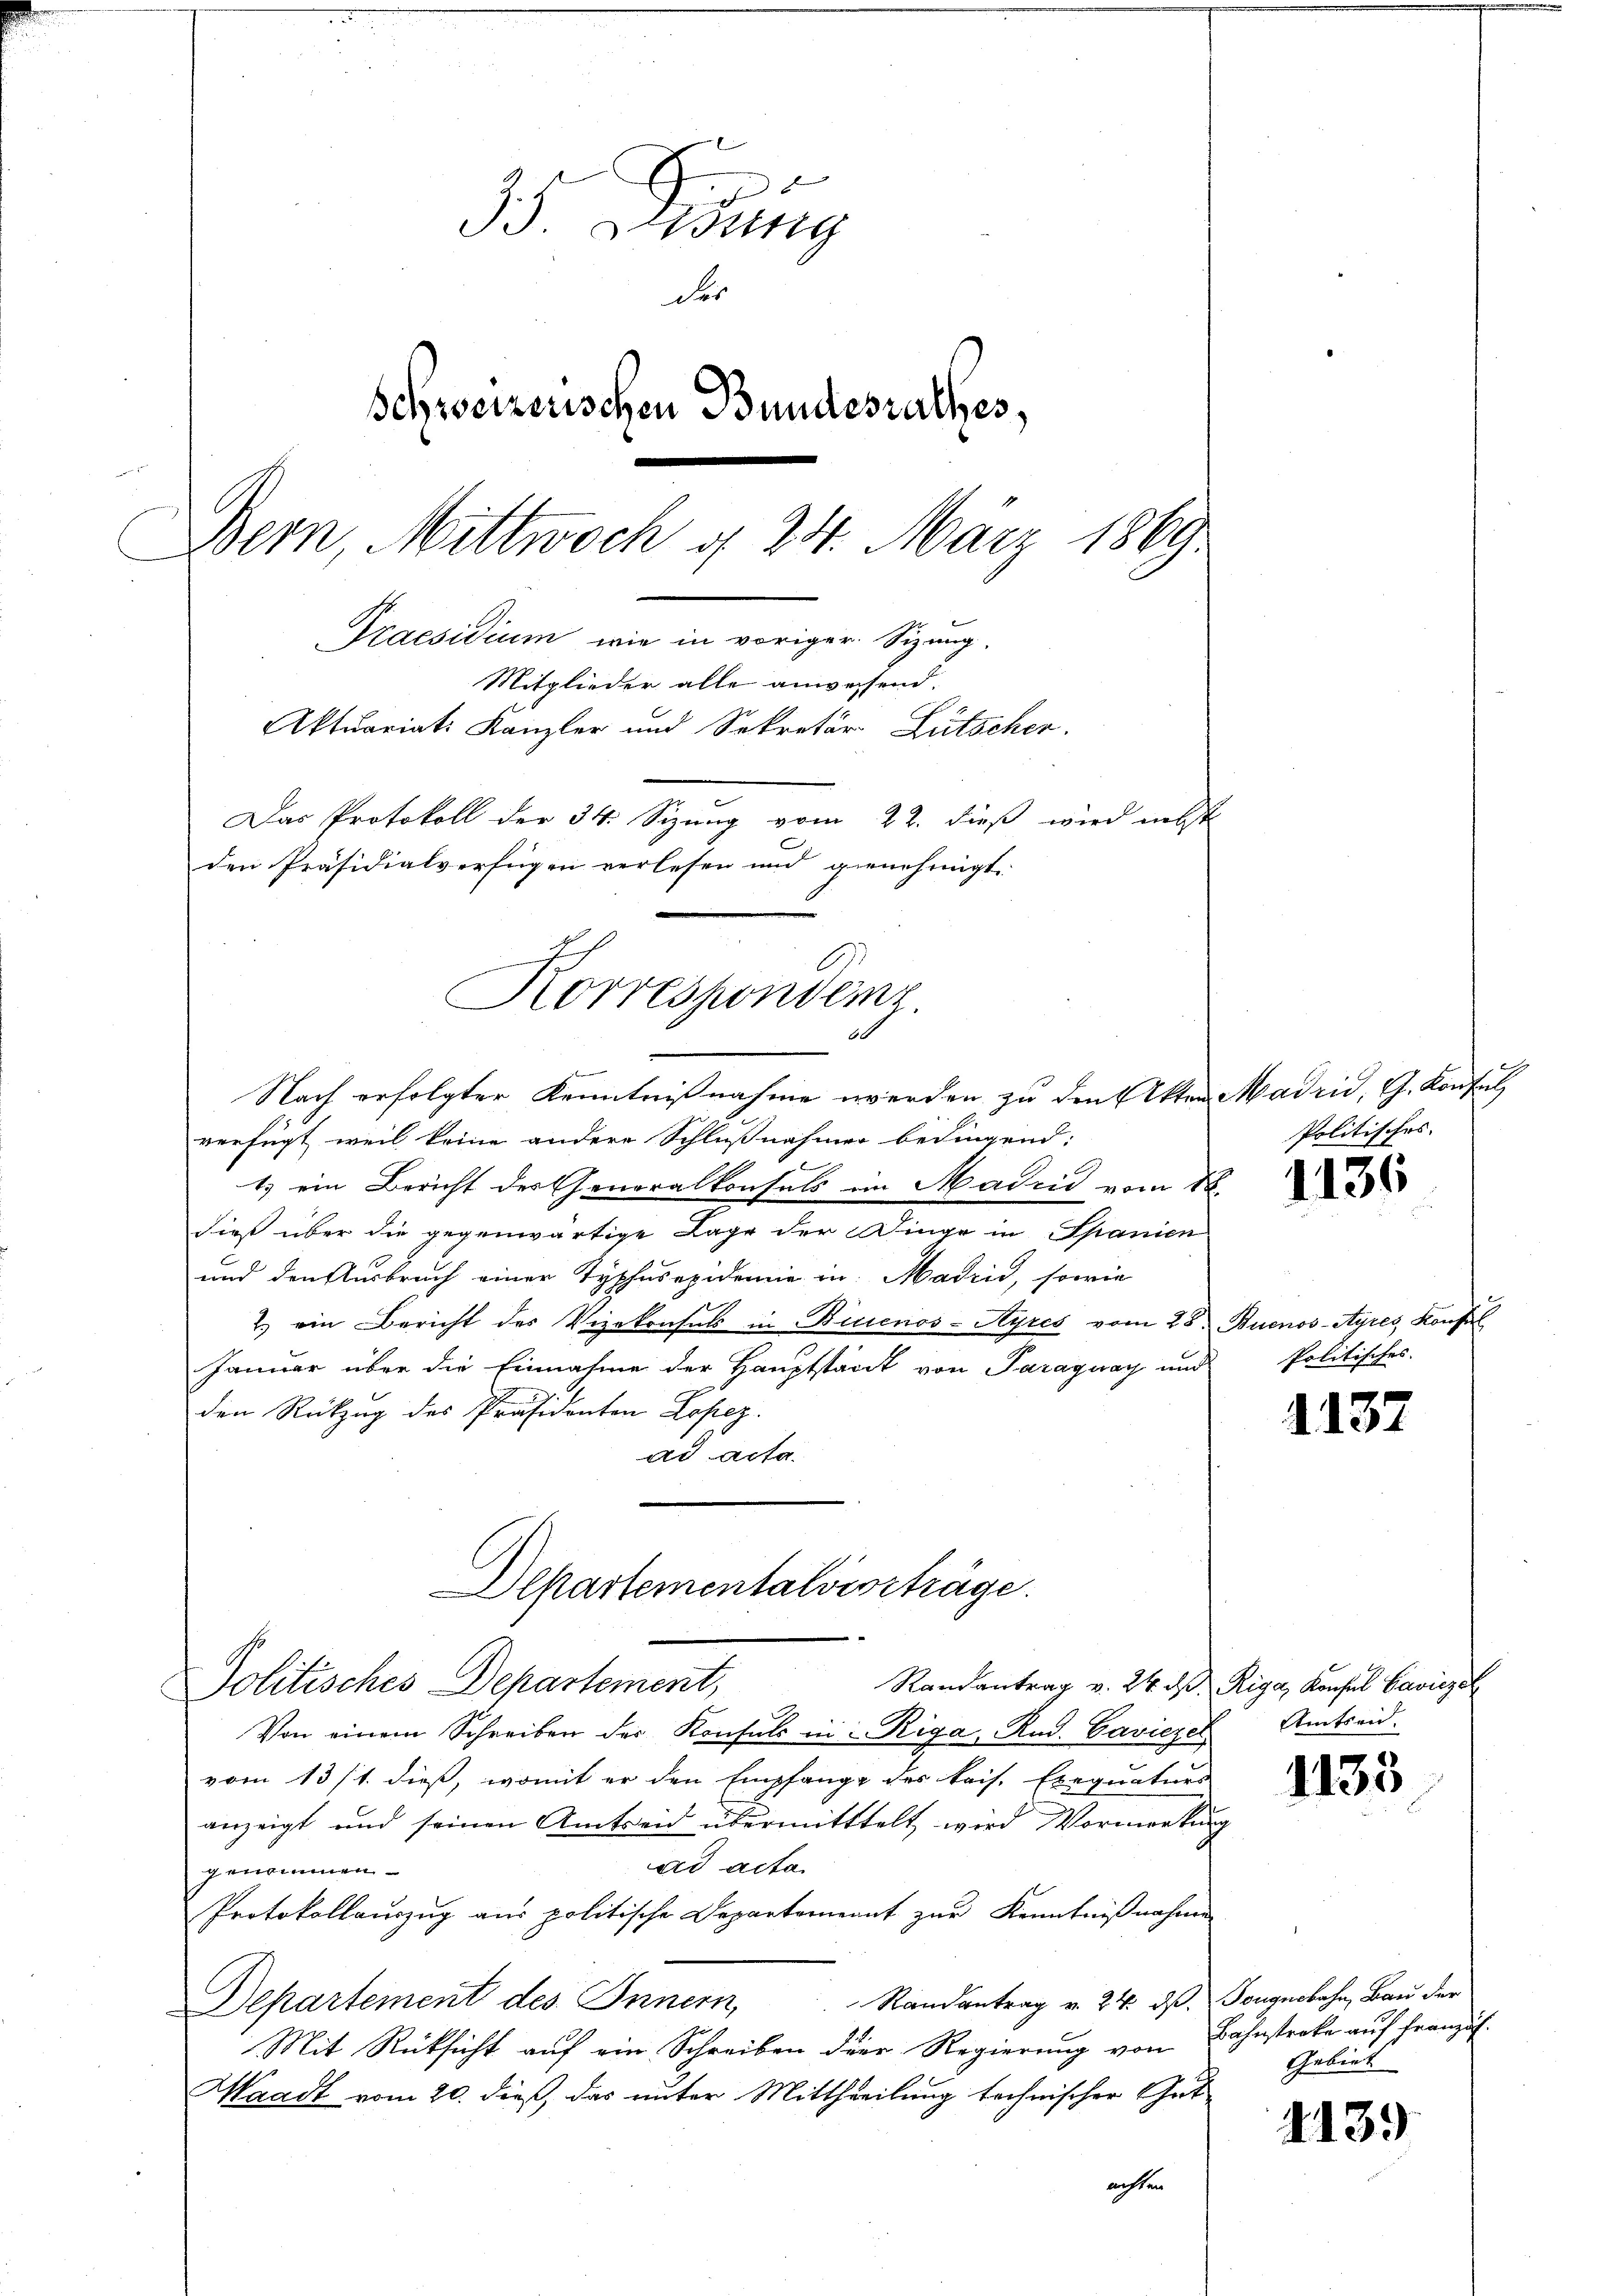
35 inig
der
Schweizerischen Bundesrathes,
Bern, Mittwoch g 24. März 1869.
Praesidium wie in voriger. Sizung.
Mitglieder alle anweisend.
Aktuariats Kanzler und Sekretär Lütscher.
Das Protokoll der 34. Sizung vom 22. dieß wird nebst
den Präsidialverfügen verlesen und genehmigt.

c
Korrespondenz.
60

Nach erfolgter Kenntnißnahme werden zu den Akten-
verfügt, weil keine andere Schlußnahmer bedingend:
1.) ein Bericht des Generalkonsals im Madrid vom 18.
dieß über die gegenwärtige Lage der Dinge in Spanien
und den Ausbruch einer Typhusepidemie in Madrid, sowie
2.) ein Bericht des Vizekonsuls in Biuenos-Ayres vom 28. Buenos-Ayres Konfel
Januar über die Einnahme der Hauptstant von Paraguay und
den Rückzug des Präsidenten Lopez.
ad acta.
Departementalverträge.
Randantrag v. 24. d. Riga, Konsul Baviezel
Politisches Departement,
Von einem Schreiben des Konsuls in Riga Rud. Caviezel
vom 13/1. dieß, womit er den Empfange des kais. Exequaturs
anzeigt und seinen Amtseid übermitttelt wird Vormerkŭng
ad acta
genommen
Protokollauszug aus politische Departement zur Kenntnißnahme
Departement des Innern, Randantrag v. 24. dβ.
Mit Rücksicht auf ein Schreiben der Regierung von
Waadt vom 20. dieß, das unter Mittheilung technischer Gut
achten

Madrid, G. Konsul
Politisches.

1136

Politisches.

1137

Amtsen.

1135

Tougnsbahn, Bau der
Bahnstreke auf Franzuf
Gebiet

4439